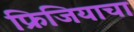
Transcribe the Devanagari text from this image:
फ्रिजियाचा